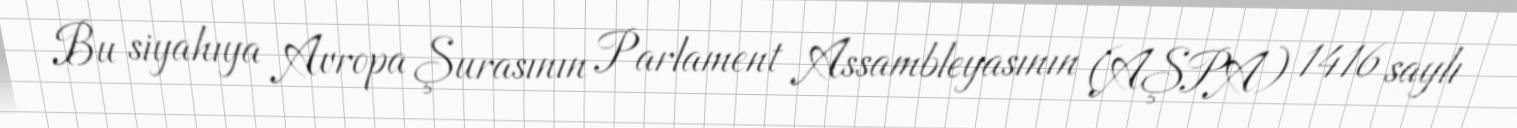
Bu siyahıya Avropa Şurasının Parlament Assambleyasının (AŞPA) 1416 saylı